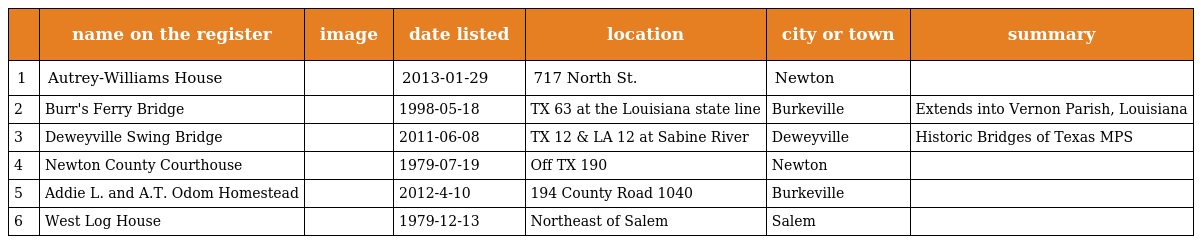
|  | name on the register | image | date listed | location | city or town | summary |
 | --- | --- | --- | --- | --- | --- | --- |
 | 1 | Autrey-Williams House |  | 2013-01-29 | 717 North St. | Newton |  |
 | 2 | Burr's Ferry Bridge |  | 1998-05-18 | TX 63 at the Louisiana state line | Burkeville | Extends into Vernon Parish, Louisiana |
 | 3 | Deweyville Swing Bridge |  | 2011-06-08 | TX 12 & LA 12 at Sabine River | Deweyville | Historic Bridges of Texas MPS |
 | 4 | Newton County Courthouse |  | 1979-07-19 | Off TX 190 | Newton |  |
 | 5 | Addie L. and A.T. Odom Homestead |  | 2012-4-10 | 194 County Road 1040 | Burkeville |  |
 | 6 | West Log House |  | 1979-12-13 | Northeast of Salem | Salem |  |